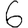
Digit: 6